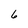
Character: 6